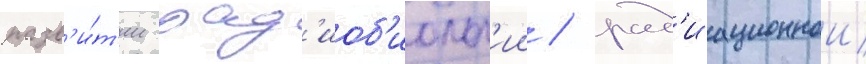
разв'и́т'ии рад'иоб'иолог'ии / рад'иационнои